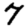
Digit: 7